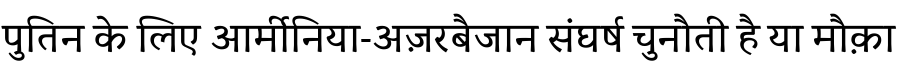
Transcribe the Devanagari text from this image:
पुतिन के लिए आर्मीनिया-अज़रबैजान संघर्ष चुनौती है या मौक़ा